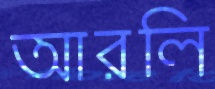
আরলি